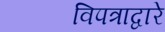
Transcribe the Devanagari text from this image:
विपत्राद्वारे